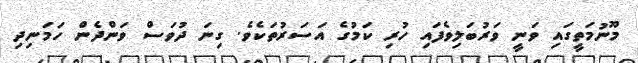
މޫނުމަތީގައި ވަނީ ވަރުބަލިވެފައި ހުރި ކަމުގެ އަސަރުތަކެވެ. ގިނަ ދުވަސް ވަންދެން ހަމަނިދި